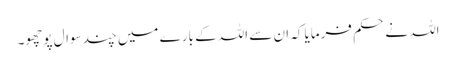
اللہ نے حکم فرمایا کہ ان سے اللہ کے بارے میں چند سوال پوچھو۔